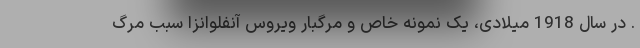
. در سال 1918 میلادی، یک نمونه خاص و مرگبار ویروس آنفلوانزا سبب مرگ